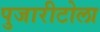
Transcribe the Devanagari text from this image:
पुजारीटोला